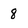
Character: 8